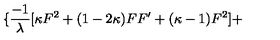
\{ \frac { - 1 } { \lambda } [ \kappa F ^ { 2 } + ( 1 - 2 \kappa ) F F ^ { \prime } + ( \kappa - 1 ) F ^ { 2 } ] +